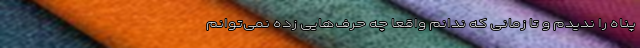
پناه را ندیدم و تا زمانی که ندانم واقعاً چه حرف‌هایی زده نمی‌توانم